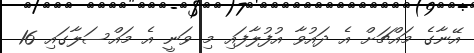
އޭނާގެ މައްޗަށް އެ ދައުވާ އުފުލާފައި މި ވަނީ އެ މައްސަލާގައި 16